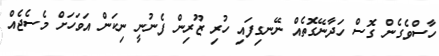
ހާސްވެގެން ގޮސް ހަދާނޭގޮތެއް ނޭނގިފައި ހުރި ޒޫރިން ފެނުނީ ނިކަން އަވަހަށް މެސެޖެއް